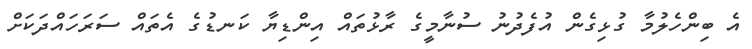
އެ ބިންހެލުމާ ގުޅިގެން އުފެދުނު ސުނާމީގެ ރާޅުތައް އިންޑިޔާ ކަނޑުގެ އެތައް ސަރަހައްދަކަށް